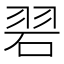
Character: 𮵒